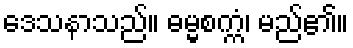
ဒေသနာသည်။ ဓမ္မစက္ကံ၊ မည်၏။